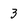
Character: 3